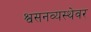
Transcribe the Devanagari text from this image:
श्वसनव्यस्थेवर